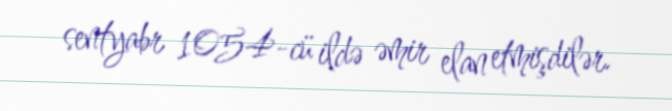
sentyabr 1054-cü ildə əmir elan etmişdilər.